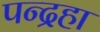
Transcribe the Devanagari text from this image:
पन्द्रहा